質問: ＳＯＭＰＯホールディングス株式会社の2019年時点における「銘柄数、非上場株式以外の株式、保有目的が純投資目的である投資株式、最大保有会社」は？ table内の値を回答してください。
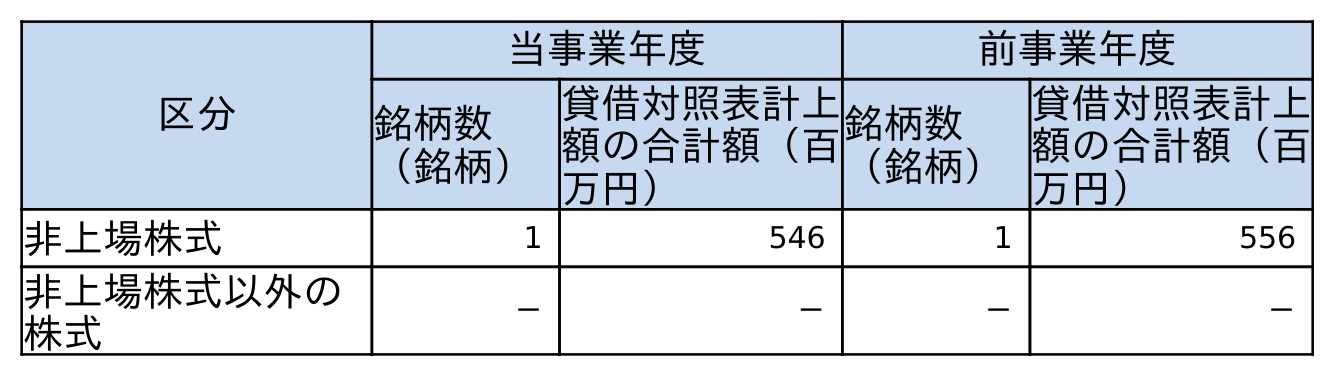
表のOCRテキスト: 区分 当事業年度 前事業年度 銘柄数 （銘柄） 貸借対照表計上 額の合計額（百 万円） 銘柄数 （銘柄） 貸借対照表計上 額の合計額（百 万円） 非上場株式 1 546 1 556 非上場株式以外の 株式 － － － －
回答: －